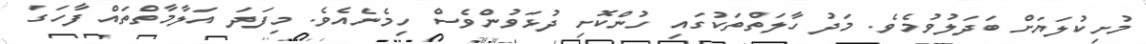
މުށިކުލަޔަށް ބަދަލުވުމެވެ. މަދު ހާލަތްތަކުގައި ހުންކޮށި ދުޅަވުންވެސް ހިމެނެއެވެ. މިފަދަ އަލާމާތްތައް ފާހަގަ